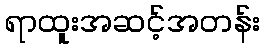
ရာထူးအဆင့်အတန်း